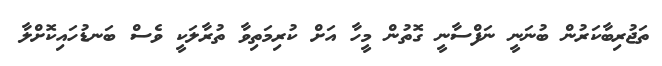
ތަޖުރިބާކަރުން ބުނަނީ ނަފްސާނީ ގޮތުން މީހާ އަށް ކުރިމަތިވާ ތުރާލަކީ ވެސް ބަނޑުހައިކޮށްލާ